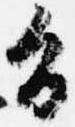
旨